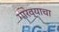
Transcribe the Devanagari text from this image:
गारव्याचा